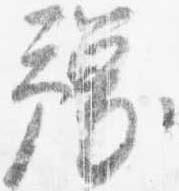
予